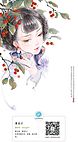
睡起觉微寒。梅花鬓上残。